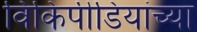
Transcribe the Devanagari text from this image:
विकिपीडियांच्या